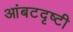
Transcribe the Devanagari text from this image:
आंबटदृष्टी